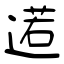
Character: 逽